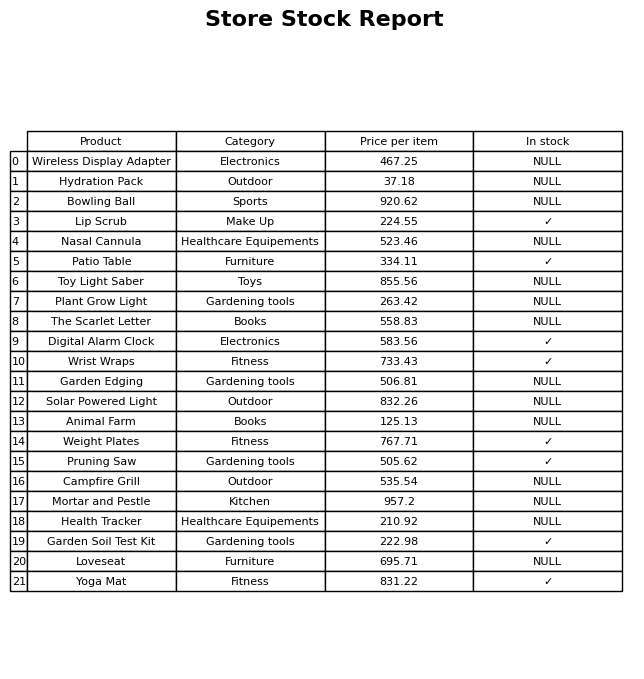
question: What is the price for The Scarlet Letter?
answer: The price of The Scarlet Letter is 558.83.